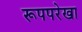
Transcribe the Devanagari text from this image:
रूपपरेखा